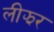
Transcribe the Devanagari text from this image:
लीझर